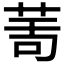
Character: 𦯗